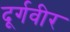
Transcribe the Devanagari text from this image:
दूर्गवीर